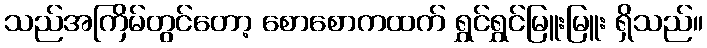
သည်အကြိမ်တွင်တော့ စောစောကထက် ရွှင်ရွှင်မြူးမြူး ရှိသည်။